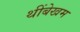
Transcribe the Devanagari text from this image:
थींबेखम